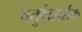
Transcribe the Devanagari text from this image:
चतुर्वेददर्शक